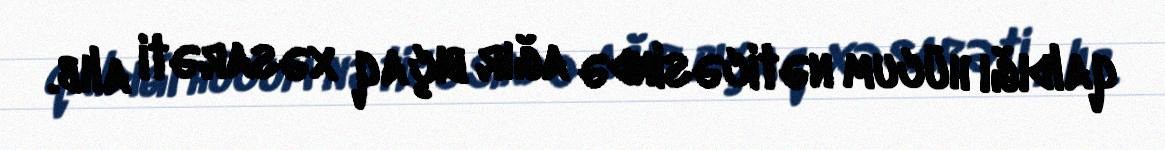
qaldığı hücum nəticəsində ağır bıçaq xəsarəti alıb.